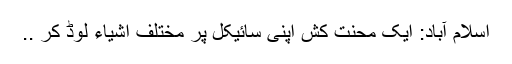
اسلام آباد: ایک محنت کش اپنی سائیکل پر مختلف اشیاء لوڈ کر ..